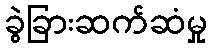
ခွဲခြားဆက်ဆံမှု